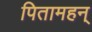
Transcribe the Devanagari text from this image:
पितामहन्